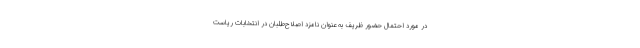
در مورد احتمال حضور ظریف به عنوان نامزد اصلاح‌طلبان در انتخابات ریاست